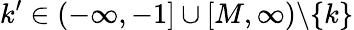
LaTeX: k^{\prime}\in(-\infty,-1]\cup[M,\infty)\backslash\{ k\}